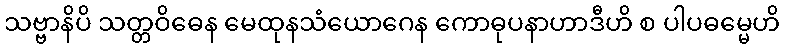
သဗ္ဗာနိပိ သတ္တဝိဓေန မေထုနသံယောဂေန ကောဓုပနာဟာဒီဟိ စ ပါပဓမ္မေဟိ